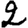
Digit: 2